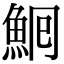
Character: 𩶠